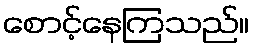
စောင့်နေကြသည်။